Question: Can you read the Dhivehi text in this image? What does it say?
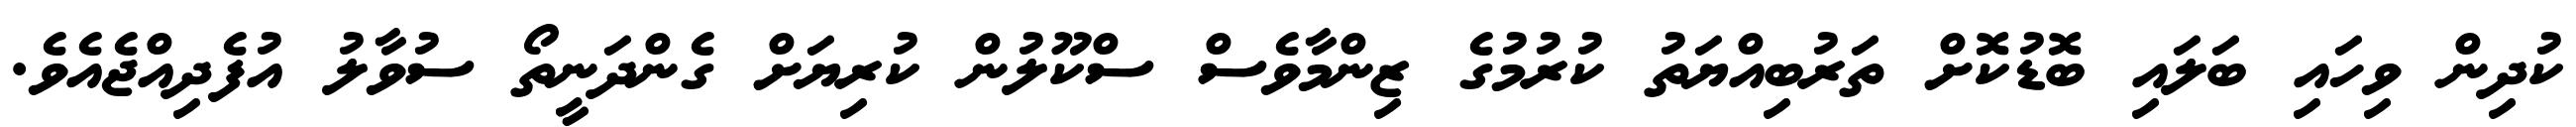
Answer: ކުދިން ވިހައި ބަލައި ބޮޑުކޮށް ތަރުބިއްޔަތު ކުރުމުގެ ޒިންމާވެސް ސްކޫލުން ކުރިޔަށް ގެންދަނީތޯ ސުވާލު އުފެދިއްޖެއެވެ.